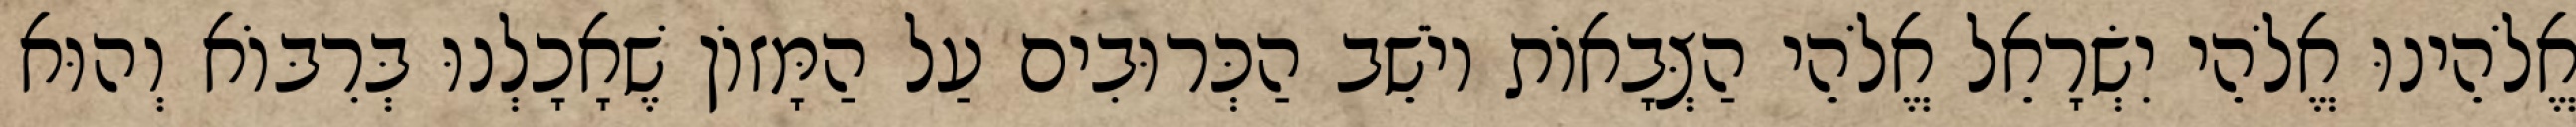
אֱלֹהֵינוּ אֱלֹהֵי יִשְׂרָאֵל אֱלֹהֵי הַצְּבָאוֹת יוֹשֵׁב הַכְּרוּבִים עַל הַמָּזוֹן שֶׁאָכָלְנוּ בְּרִבּוֹא וְהוּא